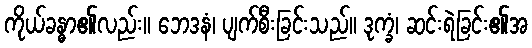
ကိုယ်ခန္ဓာ၏လည်း။ ဘေဒနံ၊ ပျက်စီးခြင်းသည်။ ဒုက္ခံ၊ ဆင်းရဲခြင်း၏အ